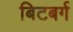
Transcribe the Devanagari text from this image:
बिटबर्ग